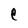
Character: e